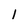
Character: 1